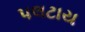
પલટાય